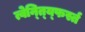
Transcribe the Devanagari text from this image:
त्वेन्त्य्फिर्स्त